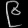
Digit: ၉